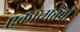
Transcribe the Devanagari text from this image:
एकात्मतेची